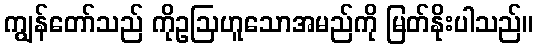
ကျွန်တော်သည် ကိုဥဩဟူသောအမည်ကို မြတ်နိုးပါသည်။